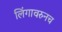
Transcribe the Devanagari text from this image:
लिंगावरुनच